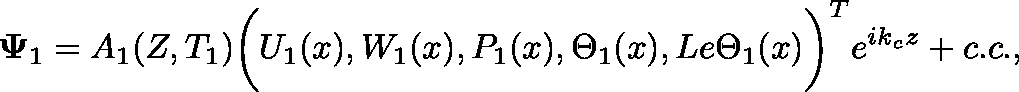
\mathbf { \Psi } _ { 1 } = A _ { 1 } ( Z , T _ { 1 } ) \bigg ( U _ { 1 } ( x ) , W _ { 1 } ( x ) , P _ { 1 } ( x ) , \Theta _ { 1 } ( x ) , L e \Theta _ { 1 } ( x ) \bigg ) ^ { T } e ^ { i k _ { c } z } + c . c . ,